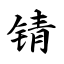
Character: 锖